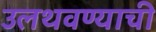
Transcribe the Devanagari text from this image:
उलथवण्याची